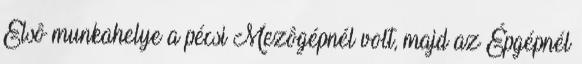
Elsô munkahelye a pécsi Mezôgépnél volt, majd az Épgépnél